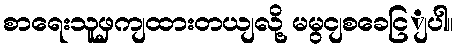
စာရေးသူဖှကျထားတယျလို့ မမွငျစခေငြျပါ။